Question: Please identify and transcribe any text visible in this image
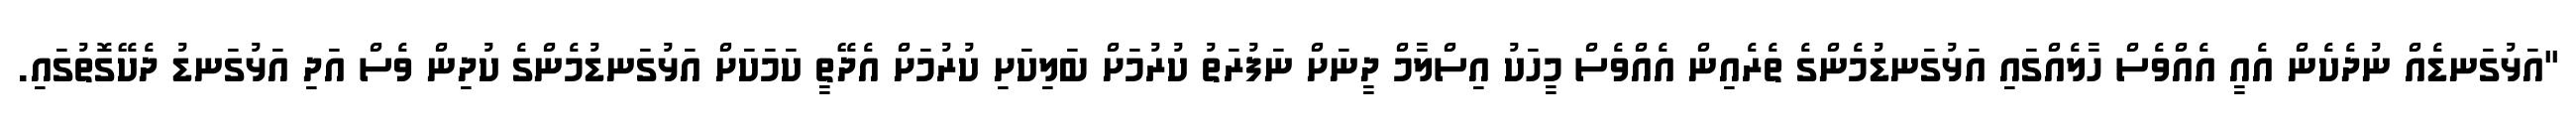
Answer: "އަޅުގަނޑެއް ނުދެކެން އެއީ އެއްވެސް ހާލެއްގައި އަޅުގަނޑުމެންގެ ތެރެއިން އެއްވެސް މީހަކު އިސްލާމް ދީނަށް ނަފުރަތު ކުރުމަށް ބަލިކަށި ކުރުމަށް އެދޭތީ ކަމަކަށް އަޅުގަނޑުމެންގެ ކުދިން ވެސް އަދި އަޅުގަނޑު ދެކޭގޮތުގައި.